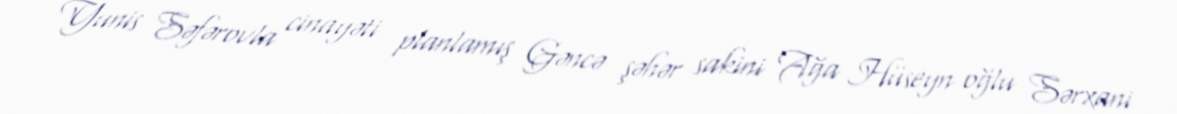
Yunis Səfərovla cinayəti planlamış Gəncə şəhər sakini Ağa Hüseyn oğlu Sərxani